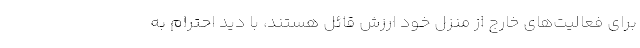
برای فعالیت‌های خارج از منزل خود ارزش قائل هستند، با دید احترام به